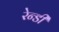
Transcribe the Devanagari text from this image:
रेन्डी